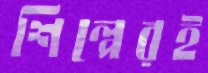
শিল্পেরই